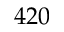
4 2 0